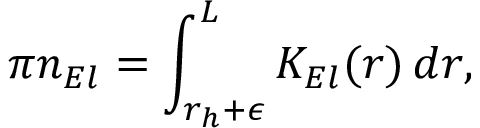
\pi n _ { E l } = \int _ { r _ { h } + \epsilon } ^ { L } K _ { E l } ( r ) \, d r ,